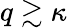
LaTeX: q\gtrsim\kappa